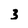
Character: 3